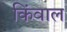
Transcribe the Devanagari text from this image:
किंवाल